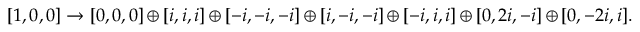
[ 1 , 0 , 0 ] \to [ 0 , 0 , 0 ] \oplus [ i , i , i ] \oplus [ - i , - i , - i ] \oplus [ i , - i , - i ] \oplus [ - i , i , i ] \oplus [ 0 , 2 i , - i ] \oplus [ 0 , - 2 i , i ] .